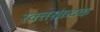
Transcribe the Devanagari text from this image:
रक्त्तस्कंदक